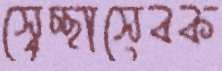
স্বেচ্ছাসেবক